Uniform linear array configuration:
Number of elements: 64
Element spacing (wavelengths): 1
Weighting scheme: blackman
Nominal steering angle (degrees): -45
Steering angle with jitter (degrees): -46.307
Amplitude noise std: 0.05
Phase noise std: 0.05

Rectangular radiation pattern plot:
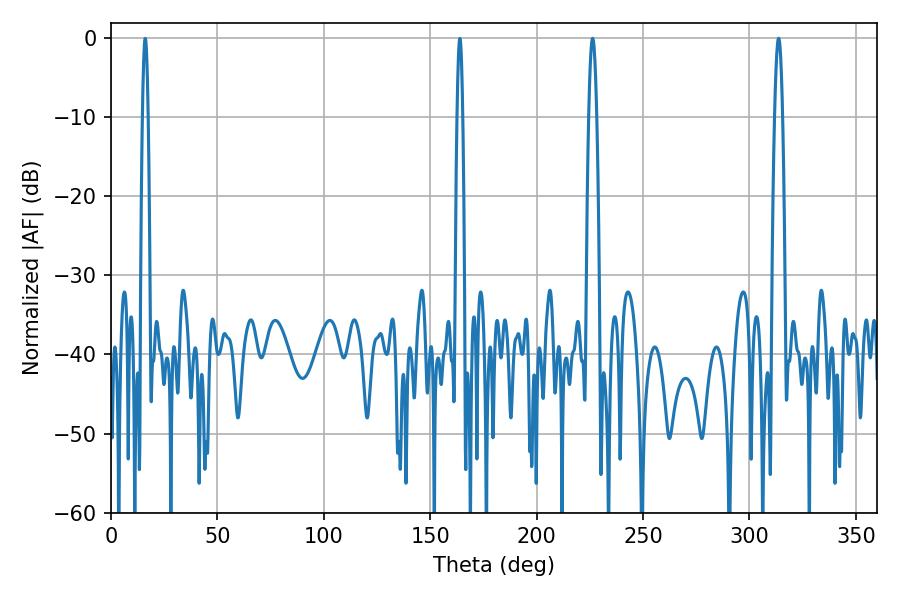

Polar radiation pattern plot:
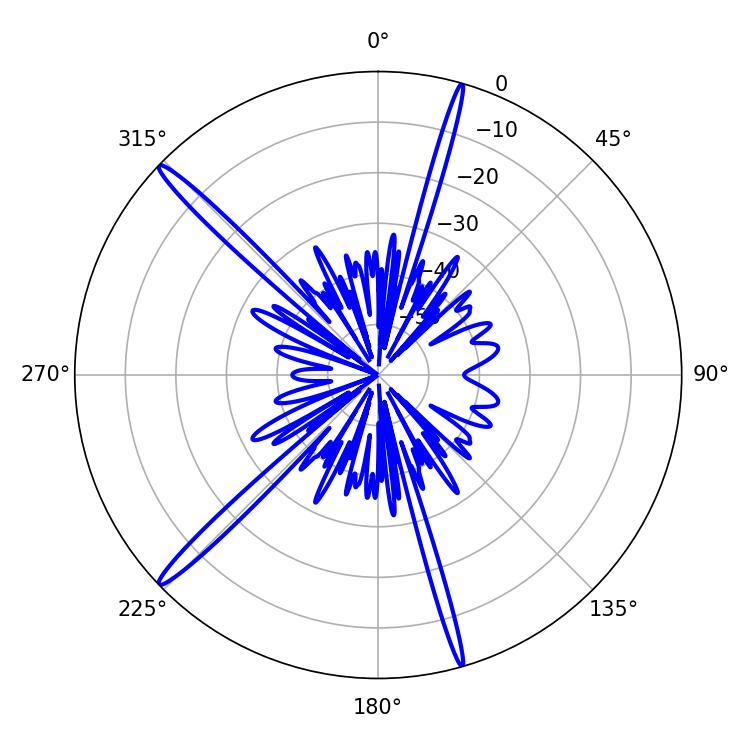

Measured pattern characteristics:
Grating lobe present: TRUE
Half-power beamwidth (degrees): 1.98
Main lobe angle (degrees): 226.26